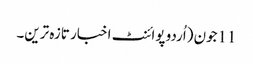
11جون (اُردو پوائنٹ اخبار تازہ ترین۔